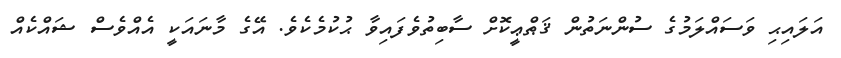
އަލައިޙި ވަސައްލަމުގެ ސުންނަތުން ޤަޠްޢީކޮށް ސާބިތުވެފައިވާ ޙުކުމެކެވެ. އޭގެ މާނައަކީ އެއްވެސް ޝައްކެއް